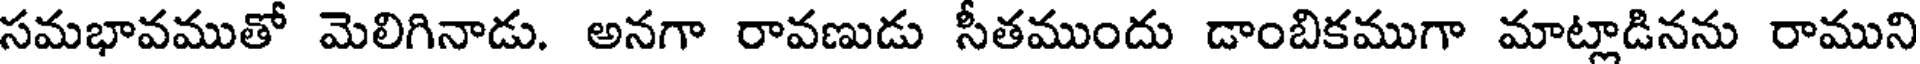
సమభావముతో మెలిగినాడు. అనగా రావణుడు సీతముందు డాంబికముగా మాట్లాడినను రాముని